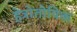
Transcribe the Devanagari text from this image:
हेत्रोतोपिक